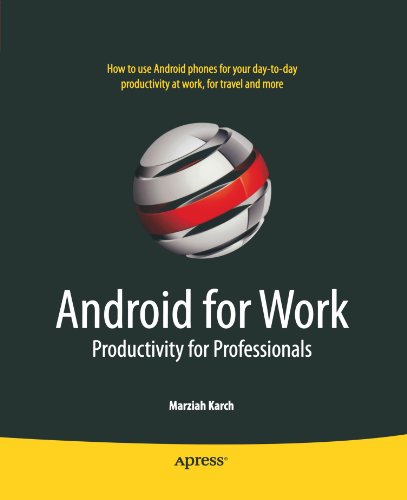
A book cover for Android for Work: Productivity for Professionals; Marziah Karch; Business & Money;